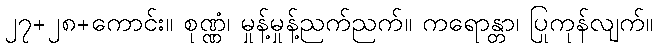
၂၇+၂၈+ကောင်း။ စုဏ္ဏံ၊ မှုန့်မှုန့်ညက်ညက်။ ကရောန္တာ၊ ပြုကုန်လျက်။